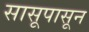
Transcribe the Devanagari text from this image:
सासूपासून